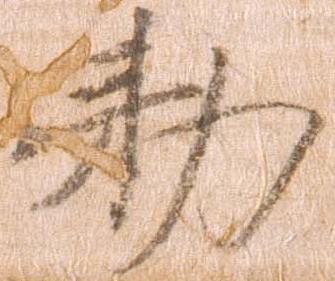
勅